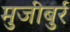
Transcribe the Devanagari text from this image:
मुजीबुर्र